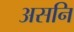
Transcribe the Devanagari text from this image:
असनि